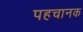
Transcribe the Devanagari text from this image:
पहचानक